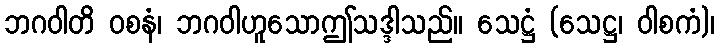
ဘဂဝါတိ ဝစနံ၊ ဘဂဝါဟူသောဤသဒ္ဒါသည်။ သေဋ္ဌံ (သေဋ္ဌ၊ ဝါစကံ)၊